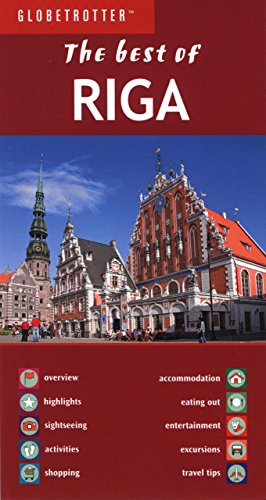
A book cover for Best of Riga (Globetrotter Best of Series); Globetrotter; Travel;